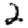
Digit: 2